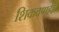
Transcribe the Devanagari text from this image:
शिकवणही